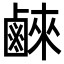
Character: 𮭮